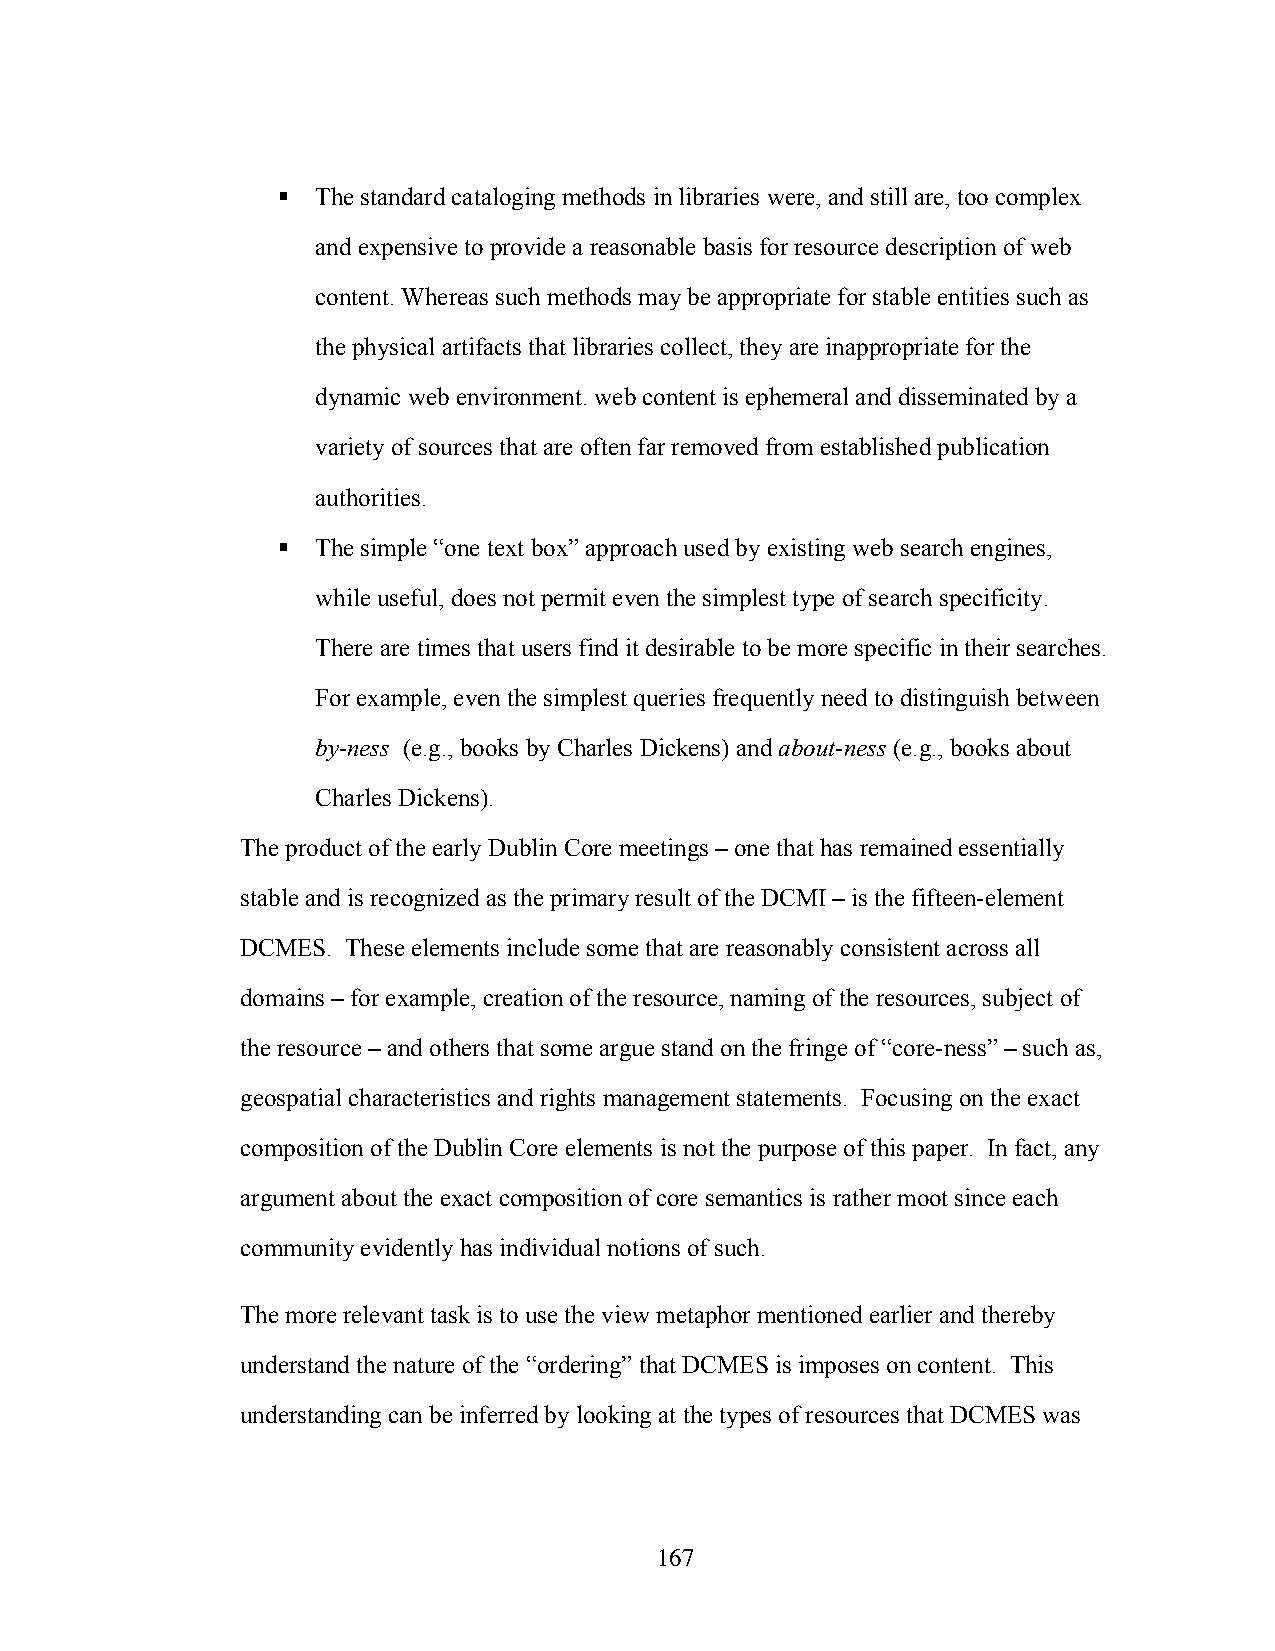
  The standard cataloging methods in libraries were, and still are, too complex
 and expensive to provide a reasonable basis for resource description of web
 content. Whereas such methods may be appropriate for stable entities such as
 the physical artifacts that libraries collect, they are inappropriate for the
 dynamic web environment. web content is ephemeral and disseminated by a
 variety of sources that are often far removed from established publication
 authorities.
   The simple “one text box” approach used by existing web search engines,
 while useful, does not permit even the simplest type of search specificity.
 There are times that users find it desirable to be more specific in their searches.
 For example, even the simplest queries frequently need to distinguish between
 by-ness (e.g., books by Charles Dickens) and about-ness (e.g., books about
 Charles Dickens).
 The product of the early Dublin Core meetings – one that has remained essentially
 stable and is recognized as the primary result of the DCMI – is the fifteen-element
 DCMES. These elements include some that are reasonably consistent across all
 domains – for example, creation of the resource, naming of the resources, subject of
 the resource – and others that some argue stand on the fringe of “core-ness” – such as,
 geospatial characteristics and rights management statements. Focusing on the exact
 composition of the Dublin Core elements is not the purpose of this paper. In fact, any
 argument about the exact composition of core semantics is rather moot since each
 community evidently has individual notions of such.
 The more relevant task is to use the view metaphor mentioned earlier and thereby
 understand the nature of the “ordering” that DCMES is imposes on content. This
 understanding can be inferred by looking at the types of resources that DCMES was
 167